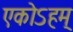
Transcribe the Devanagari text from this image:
एकोऽहम्